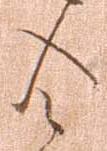
令